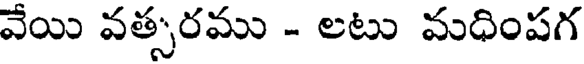
వేయి వత్సరము - లటు మధింపగ